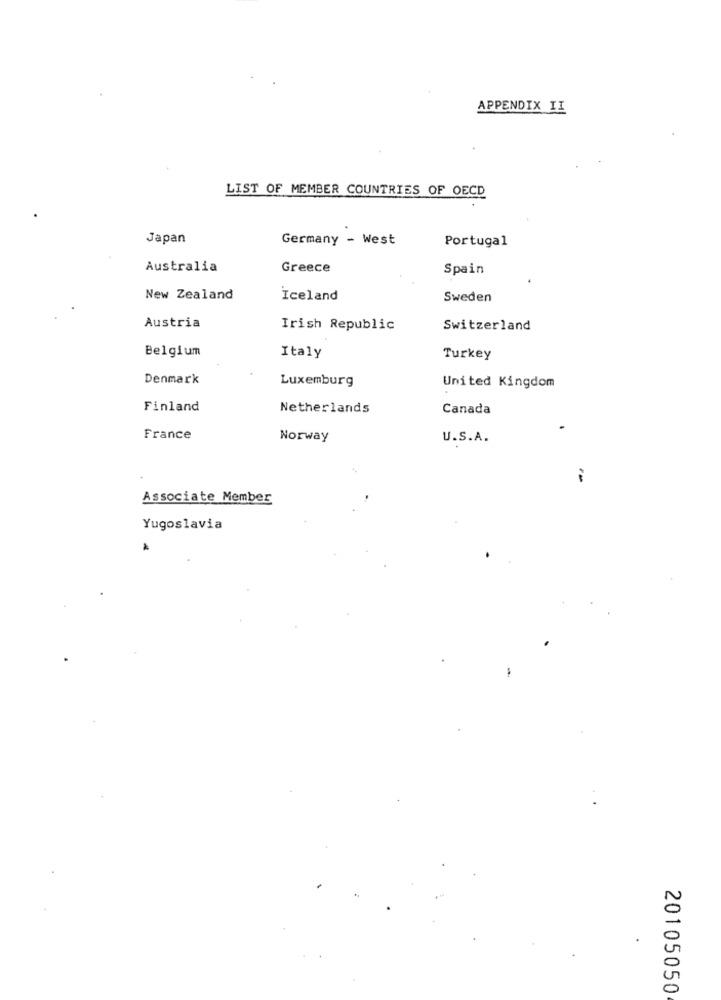
APPENDIX II
LIST OF MEMBER COUNTRIES OF OECD
Japan
Germany - West
Portugal
Australia
Greece
Spain
New Zealand
Iceland
Sweden
Austria
Irish Republic
Switzerland
Belgium
Italy
Turkey
Denmark
Luxemburg
United Kingdom
Finland
Netherlands
Canada
France
Norway
U.S.A.
..
Associate Member
Yugoslavia
20105050